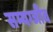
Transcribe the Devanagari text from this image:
सम्यग्जीव